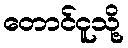
တောင်ငူသို့